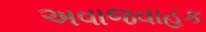
અવાજવાહક